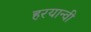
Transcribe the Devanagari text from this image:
हरयान्वी